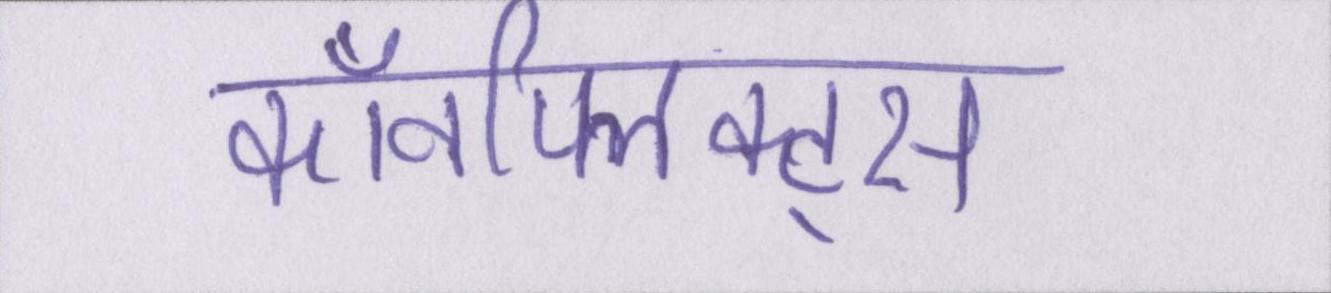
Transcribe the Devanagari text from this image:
कॉनफ्लिक्ट्स